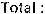
TOTAL :